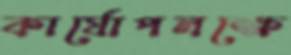
কার্যোপলক্ষে